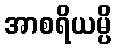
အာစရိယမ္ပိ